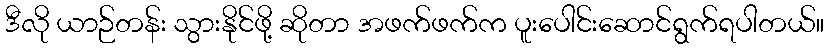
ဒီလို ယာဉ်တန်း သွားနိုင်ဖို့ ဆိုတာ အဖက်ဖက်က ပူးပေါင်းဆောင်ရွက်ရပါတယ်။